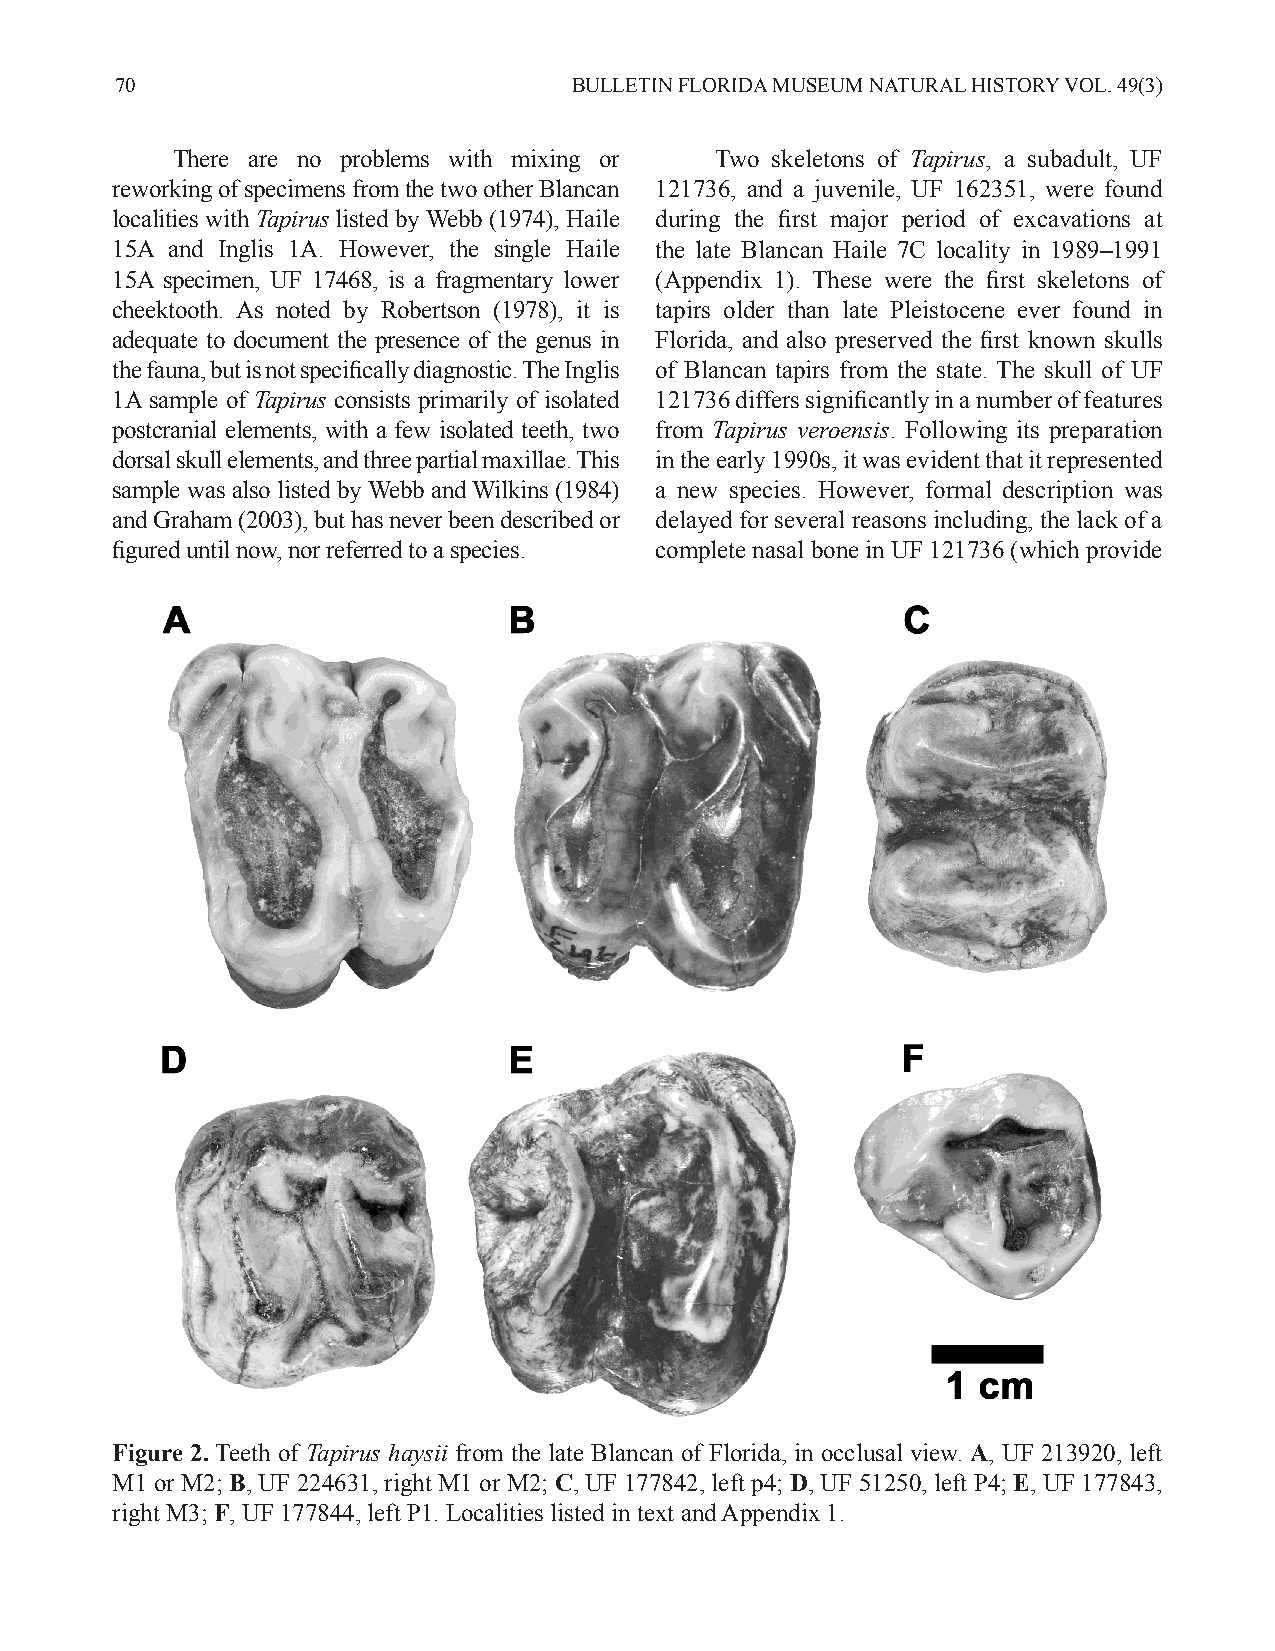
70                            BULLETIN FLORIDA MUSEUM NATURAL HISTORY VOL. 49(3)
 There are no problems with mixing or Two skeletons of Tapirus, a subadult, UF
 reworking of specimens from the two other Blancan 121736, and a juvenile, UF 162351, were found
 localities with Tapirus listed by Webb (1974), Haile during the first major period of excavations at
 15A and Inglis 1A. However, the single Haile the late Blancan Haile 7C locality in 1989–1991
 15A specimen, UF 17468, is a fragmentary lower (Appendix 1). These were the first skeletons of
 cheektooth. As noted by Robertson (1978), it is tapirs older than late Pleistocene ever found in
 adequate to document the presence of the genus in Florida, and also preserved the first known skulls
 the fauna, but is not specifically diagnostic. The Inglis of Blancan tapirs from the state. The skull of UF
 1A sample of Tapirus consists primarily of isolated 121736 differs significantly in a number of features
 postcranial elements, with a few isolated teeth, two from Tapirus veroensis. Following its preparation
 dorsal skull elements, and three partial maxillae. This in the early 1990s, it was evident that it represented
 sample was also listed by Webb and Wilkins (1984) a new species. However, formal description was
 and Graham (2003), but has never been described or delayed for several reasons including, the lack of a
 figured until now, nor referred to a species. complete nasal bone in UF 121736 (which provide
 Figure 2. Teeth of Tapirus haysii from the late Blancan of Florida, in occlusal view. A, UF 213920, left
 M1 or M2; B, UF 224631, right M1 or M2; C, UF 177842, left p4; D, UF 51250, left P4; E, UF 177843,
 right M3; F, UF 177844, left P1. Localities listed in text and Appendix 1.